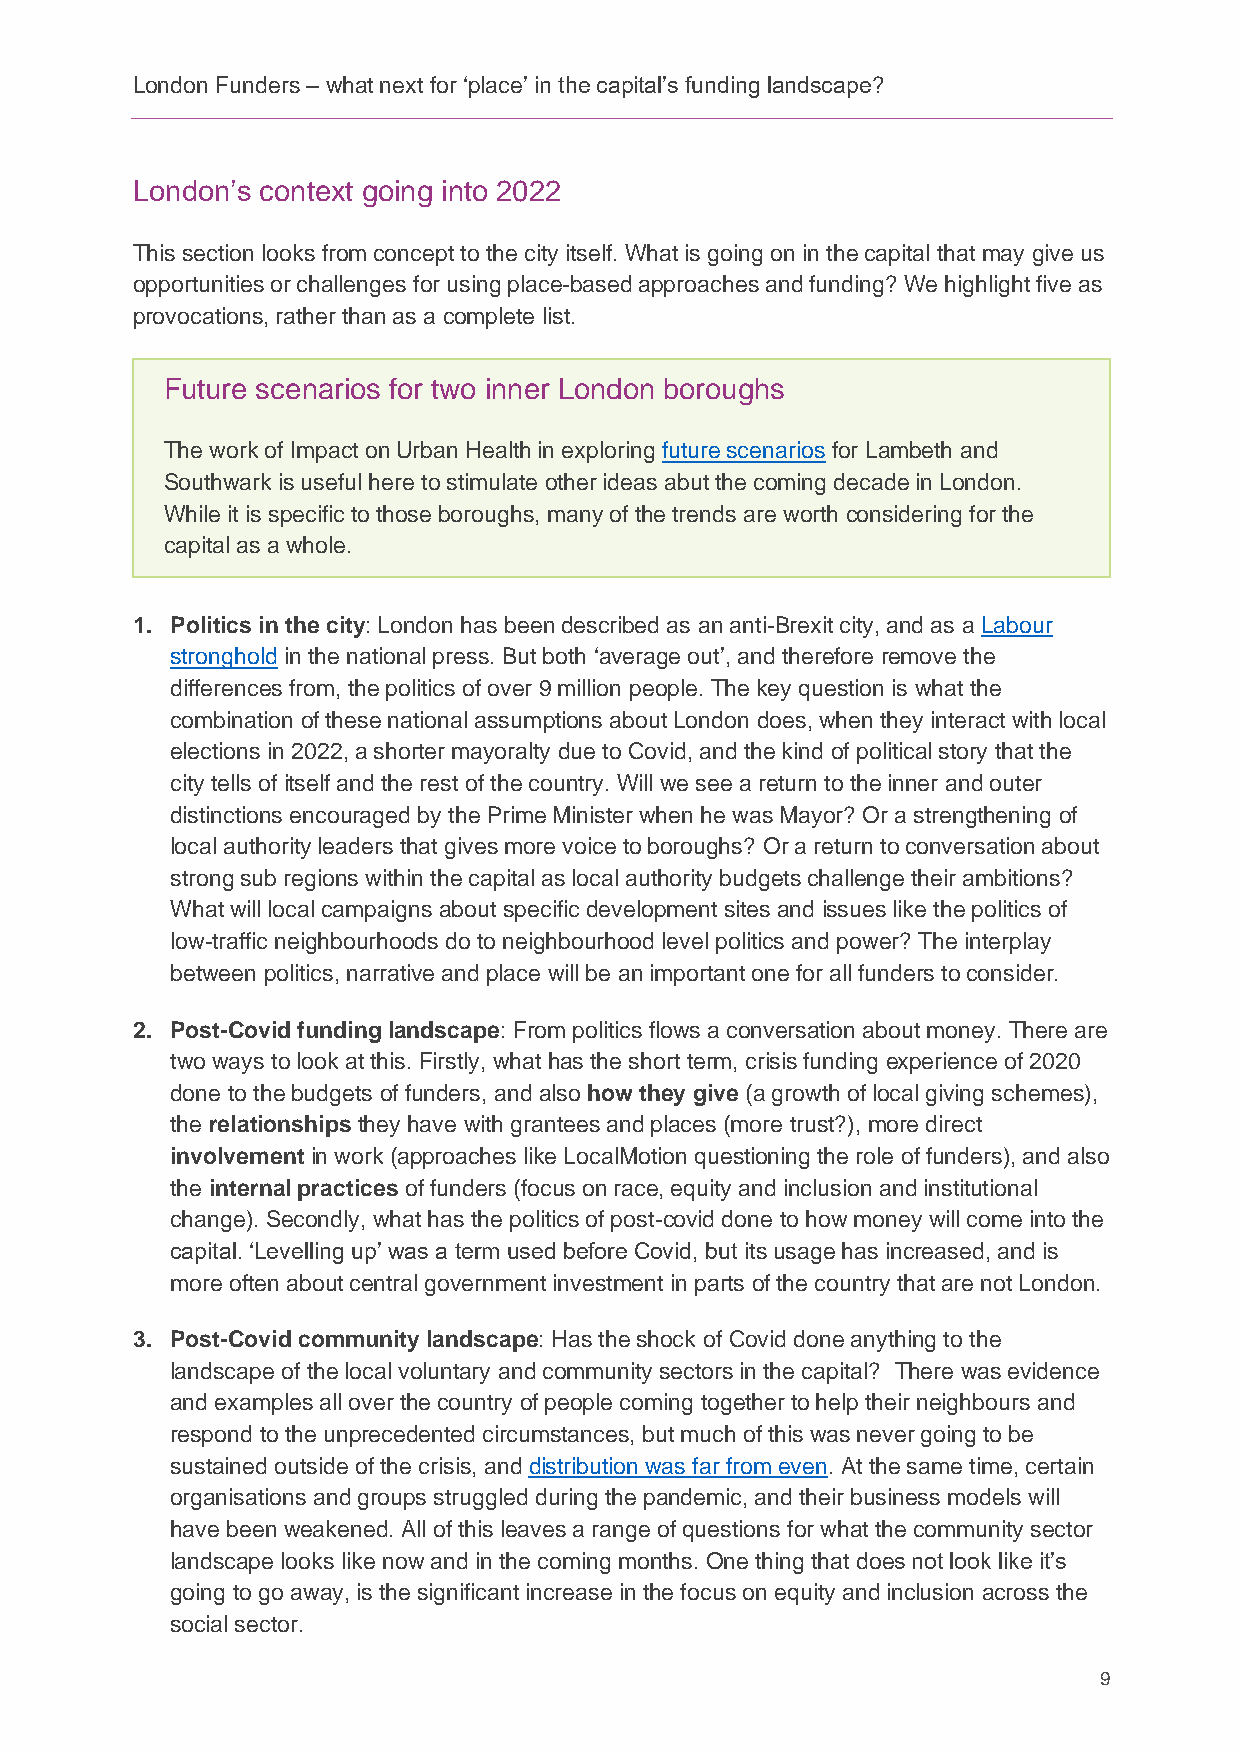
London Funders – what next for ‘place’ in the capital’s funding landscape?
 London’s context going into 2022
 This section looks from concept to the city itself. What is going on in the capital that may give us
 opportunities or challenges for using place-based approaches and funding? We highlight five as
 provocations, rather than as a complete list.
 Future scenarios for two inner London boroughs
 The work of Impact on Urban Health in exploring future scenarios for Lambeth and
 Southwark is useful here to stimulate other ideas abut the coming decade in London.
 While it is specific to those boroughs, many of the trends are worth considering for the
 capital as a whole.
 1. Politics in the city: London has been described as an anti-Brexit city, and as a Labour
 stronghold in the national press. But both ‘average out’, and therefore remove the
 differences from, the politics of over 9 million people. The key question is what the
 combination of these national assumptions about London does, when they interact with local
 elections in 2022, a shorter mayoralty due to Covid, and the kind of political story that the
 city tells of itself and the rest of the country. Will we see a return to the inner and outer
 distinctions encouraged by the Prime Minister when he was Mayor? Or a strengthening of
 local authority leaders that gives more voice to boroughs? Or a return to conversation about
 strong sub regions within the capital as local authority budgets challenge their ambitions?
 What will local campaigns about specific development sites and issues like the politics of
 low-traffic neighbourhoods do to neighbourhood level politics and power? The interplay
 between politics, narrative and place will be an important one for all funders to consider.
 2. Post-Covid funding landscape: From politics flows a conversation about money. There are
 two ways to look at this. Firstly, what has the short term, crisis funding experience of 2020
 done to the budgets of funders, and also how they give (a growth of local giving schemes),
 the relationships they have with grantees and places (more trust?), more direct
 involvement in work (approaches like LocalMotion questioning the role of funders), and also
 the internal practices of funders (focus on race, equity and inclusion and institutional
 change). Secondly, what has the politics of post-covid done to how money will come into the
 capital. ‘Levelling up’ was a term used before Covid, but its usage has increased, and is
 more often about central government investment in parts of the country that are not London.
 3. Post-Covid community landscape: Has the shock of Covid done anything to the
 landscape of the local voluntary and community sectors in the capital? There was evidence
 and examples all over the country of people coming together to help their neighbours and
 respond to the unprecedented circumstances, but much of this was never going to be
 sustained outside of the crisis, and distribution was far from even. At the same time, certain
 organisations and groups struggled during the pandemic, and their business models will
 have been weakened. All of this leaves a range of questions for what the community sector
 landscape looks like now and in the coming months. One thing that does not look like it’s
 going to go away, is the significant increase in the focus on equity and inclusion across the
 social sector.
 9